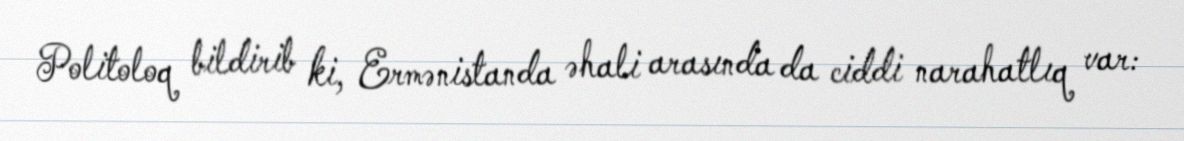
Politoloq bildirib ki, Ermənistanda əhali arasında da ciddi narahatlıq var: